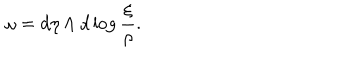
LaTeX: \omega = d \eta \wedge d \log \frac { \xi } { \rho } .